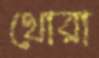
থোরা